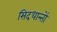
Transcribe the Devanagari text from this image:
सिदधान्‍तों